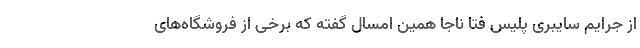
از جرایم سایبری پلیس فتا ناجا همین امسال گفته که برخی از فروشگاه‌های